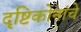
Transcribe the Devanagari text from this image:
दृष्टिकोनांचे